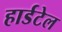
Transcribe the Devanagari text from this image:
हार्डटेल